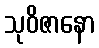
သုဝိဇာနော